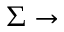
\Sigma \rightarrow